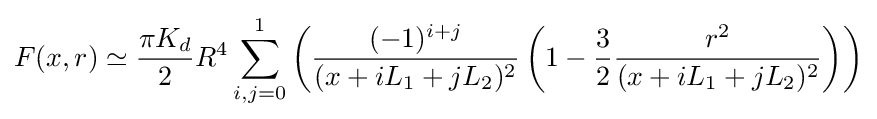
F(x,r)\simeq {\frac {\pi K_{d}}{2}}R^{4}\sum _{i,j=0}^{1}{\left({\frac {(-1)^{i+j}}{(x+iL_{1}+jL_{2})^{2}}}\left(1-{\frac {3}{2}}{\frac {r^{2}}{(x+iL_{1}+jL_{2})^{2}}}\right)\right)}